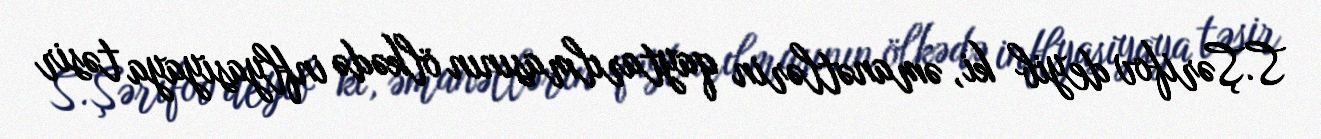
S.Şərifov deyib ki, əmanətlərin qaytarılmasının ölkədə inflyasiyaya təsir